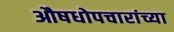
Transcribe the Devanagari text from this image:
औषधोपचारांच्या